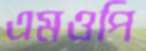
এমওপি